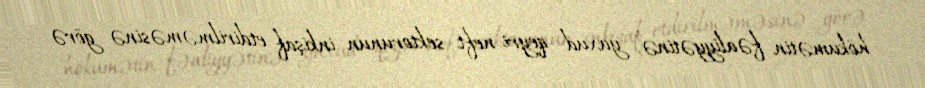
hökumətin fəaliyyətinə, yaxud qeyri-neft sektorunun inkişaf etdirilməməsinə görə